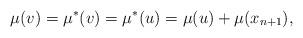
LaTeX: \begin{align*}\mu(v)=\mu^*(v)=\mu^*(u)=\mu(u)+\mu(x_{n+1}),\end{align*}